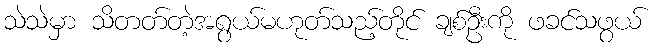
သဲသဲမှာ သိတတ်တဲ့အရွယ်မဟုတ်သည့်တိုင် ချစ်ဦးကို ဖခင်သဖွယ်